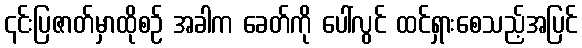
၎င်းပြဇာတ်မှာထိုစဉ် အခါက ခေတ်ကို ပေါ်လွင် ထင်ရှားစေသည့်အပြင်